Jaan_Tonisson_(Lasteleht), lk 304
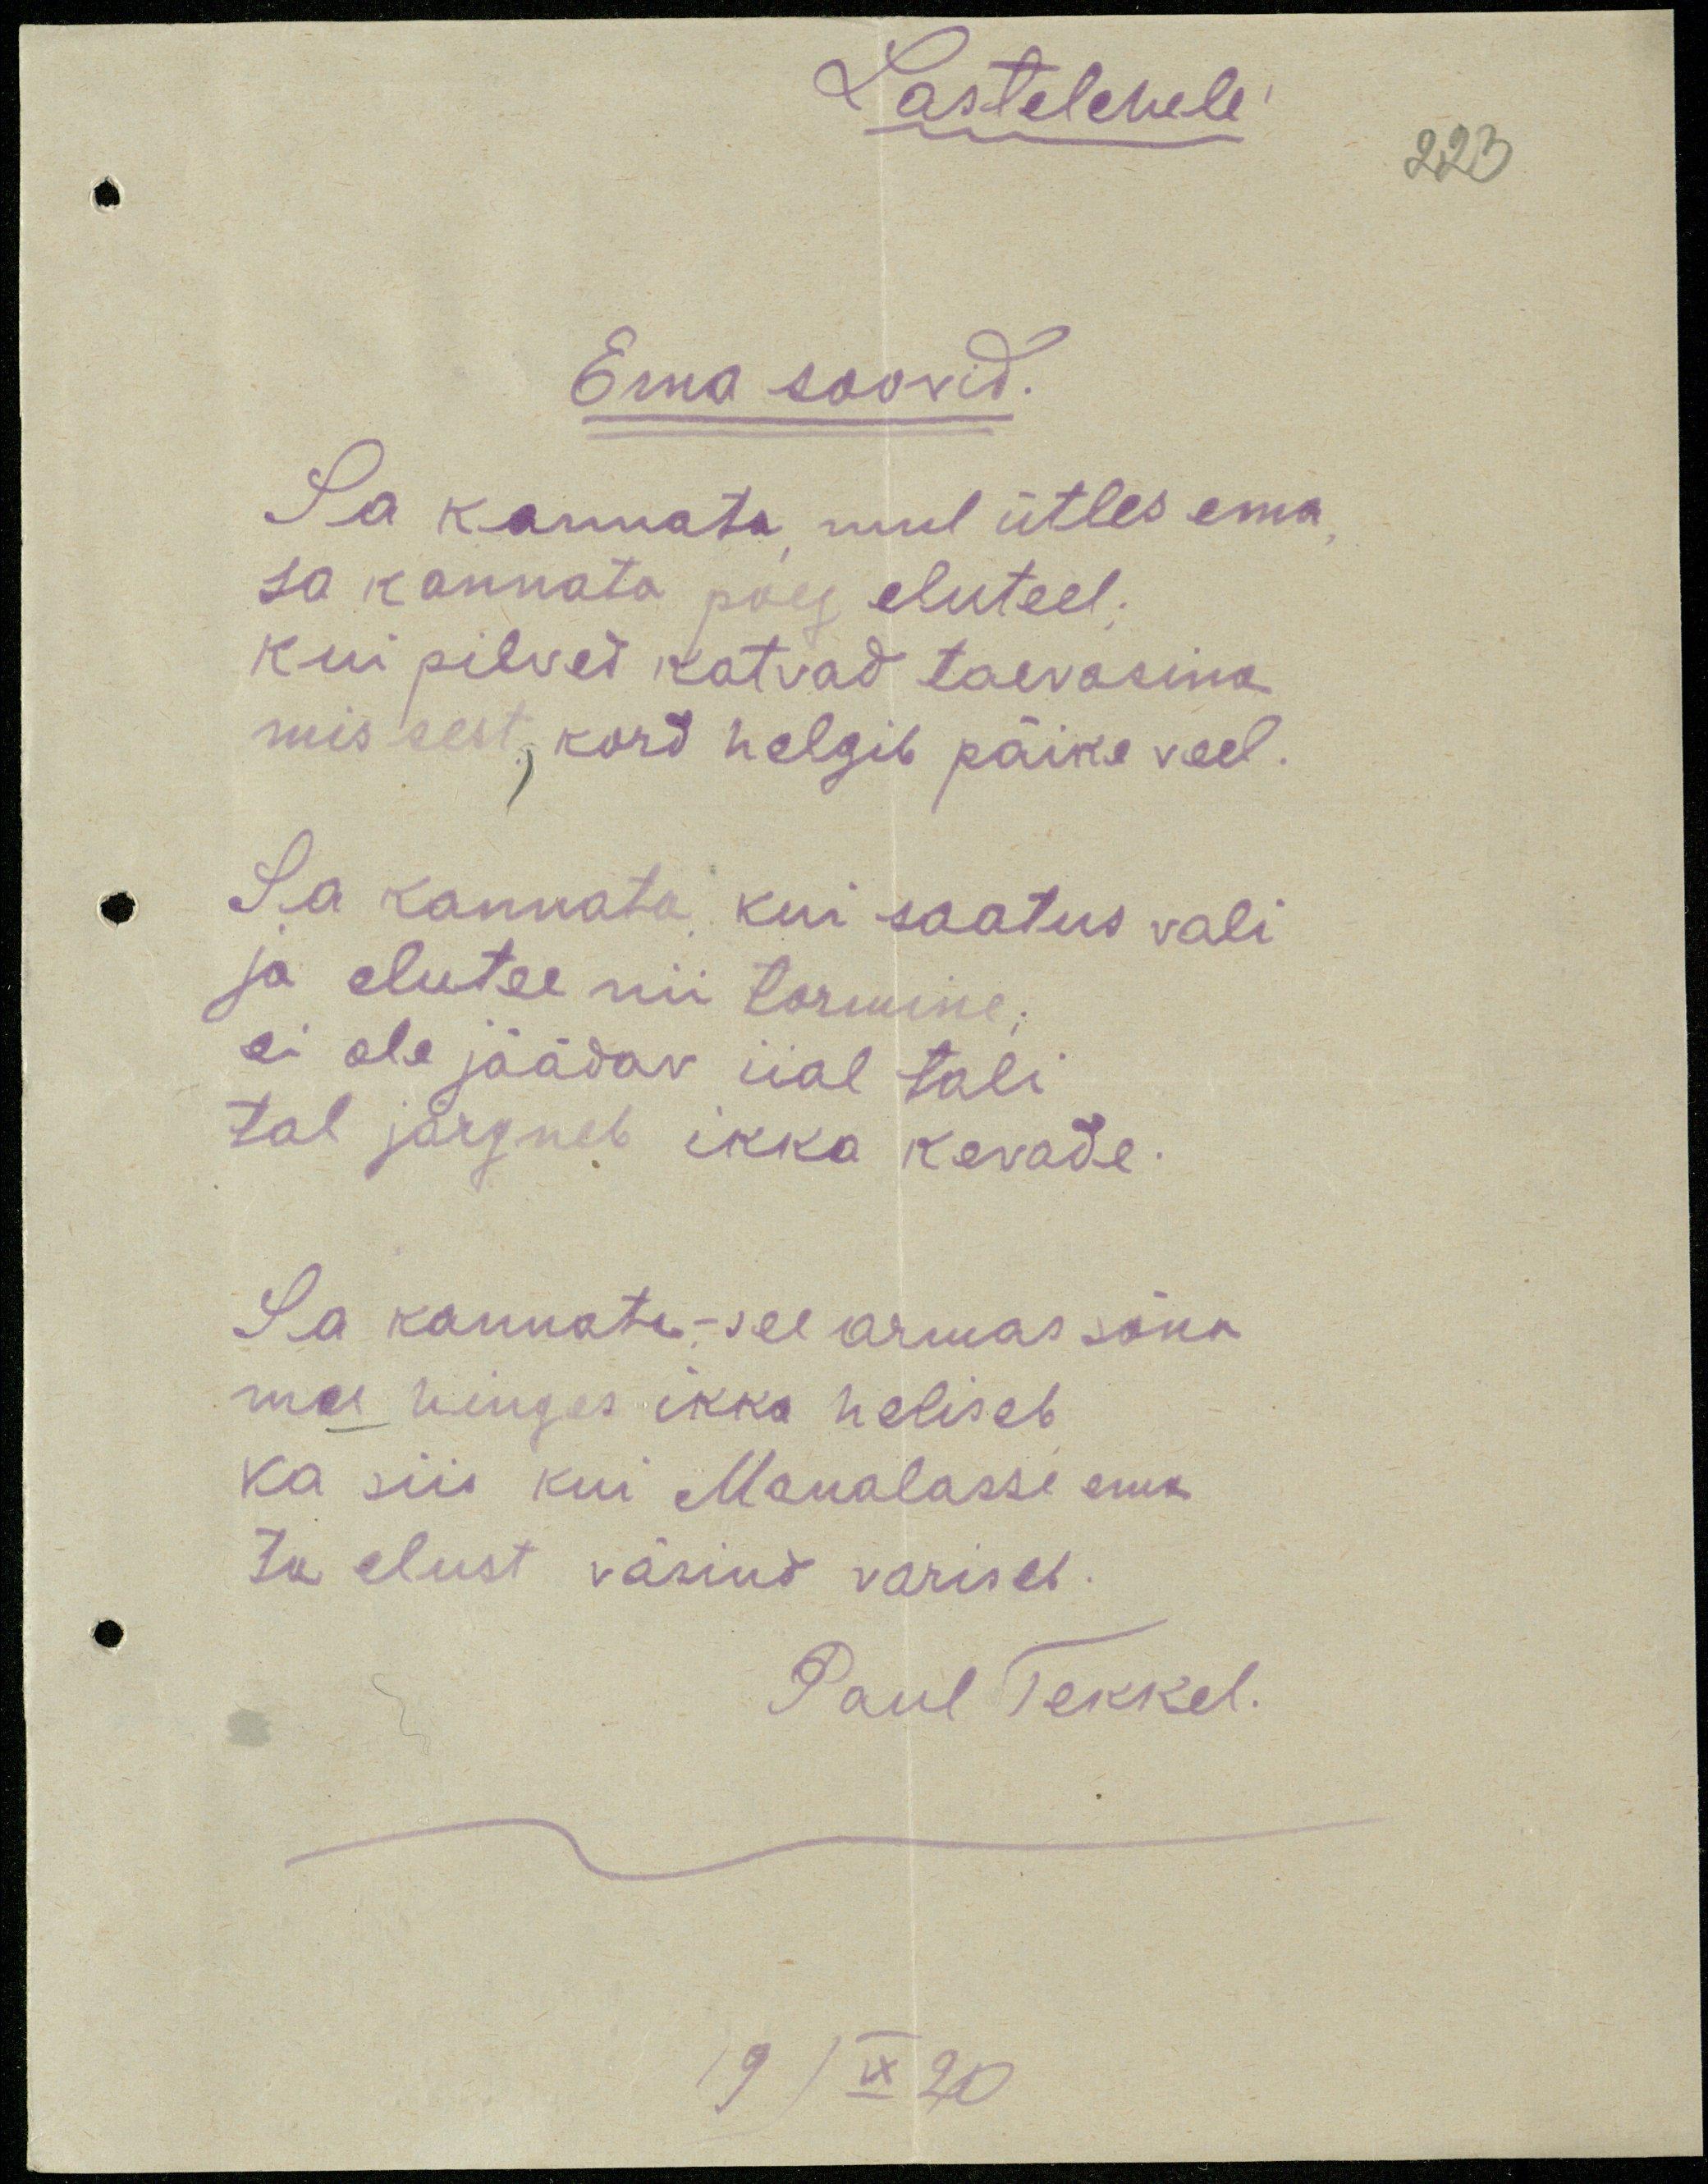
Lastelehele
223
Ema soovid.
Sa kannata mul ütles ema
sa kannata poeg eluteel.
kui pilved katvad taevasina
mis sest, kord helgib päike veel.
Sa kannata kui saatus vali
ja elutee nii tormine;
ei ole jäädav iial tali.
tal järgneb ikka kevade.
Sa kannata-see armas sõna
mu hinges ikka heliseb.
ka siis kui Maualasse ema.
ta elust väsind variseb.
Paul Tekkel.
19 IX 20